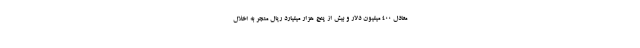
معادل ۴۰۰ میلیون دلار و بیش از پنج هزار میلیارد ریال منجر به اخلال